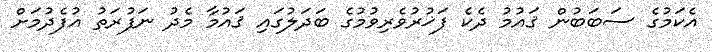
އެކަމުގެ ސަބަބުން ޤައުމު ދެކެ ފަޚުރުވެރިވުމުގެ ބަދަލުގައި ޤައުމާ މެދު ނަފުރަތު އުފެދުމަށް